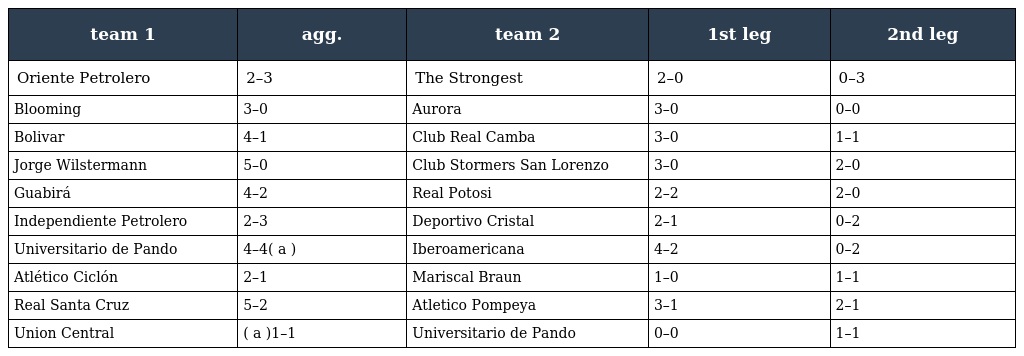
| team 1 | agg. | team 2 | 1st leg | 2nd leg |
 | --- | --- | --- | --- | --- |
 | Oriente Petrolero | 2–3 | The Strongest | 2–0 | 0–3 |
 | Blooming | 3–0 | Aurora | 3–0 | 0–0 |
 | Bolivar | 4–1 | Club Real Camba | 3–0 | 1–1 |
 | Jorge Wilstermann | 5–0 | Club Stormers San Lorenzo | 3–0 | 2–0 |
 | Guabirá | 4–2 | Real Potosi | 2–2 | 2–0 |
 | Independiente Petrolero | 2–3 | Deportivo Cristal | 2–1 | 0–2 |
 | Universitario de Pando | 4–4( a ) | Iberoamericana | 4–2 | 0–2 |
 | Atlético Ciclón | 2–1 | Mariscal Braun | 1–0 | 1–1 |
 | Real Santa Cruz | 5–2 | Atletico Pompeya | 3–1 | 2–1 |
 | Union Central | ( a )1–1 | Universitario de Pando | 0–0 | 1–1 |